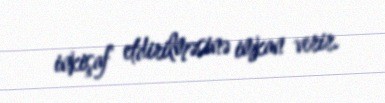
inkişaf etdirilməsinə imkan verir.